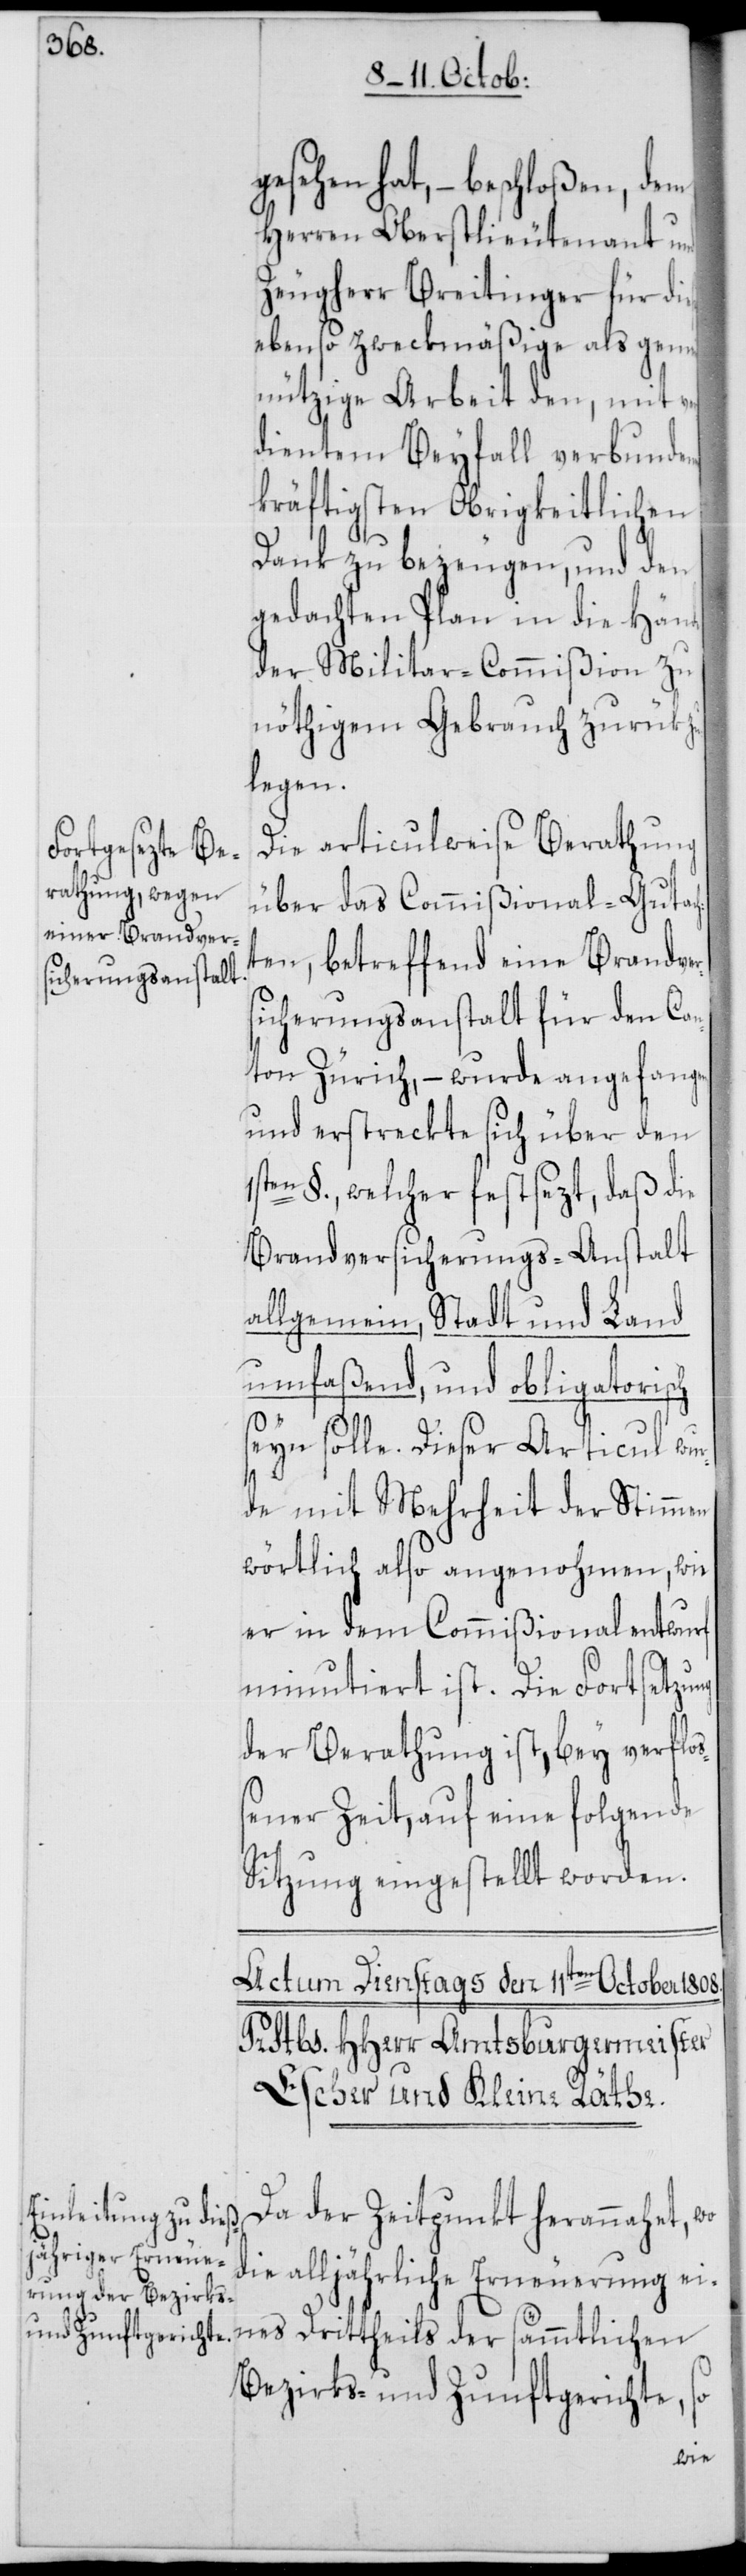
gesehen hat, – beschloßen, dem
Herren Oberstlieutenant und
Zeugherr Breitinger für die¬
ebenso zweckmäßige als gemei¬
nnützige Arbeit den, mit ver¬
dientem Beyfall verbunde¬
kräftigsten Obrigkeitlichen
Dank zu bezeugen, und den
gedachten Plan in die Hände
der Militar-Commißion zu
nöthigem Gebrauch zurükzu¬
legen.
Die articulweise Berathung
über das Commißional-Gutac¬
hen, betreffend eine Brandver¬
sicherungsanstalt für den Can¬
ton Zürich, – wurde angefangen,
und erstreckte sich über den
§., welcher festsezt, daß die
Brandversicherungs-Anstalt
allgemein, Stadt und Land
umfaßend, und obligatorisch
seyn solle. Dieser Articul wur¬
de mit Mehrheit der Stimmen
wörtlich also angenohmen, wie
er in dem Commißionalentwurf
minutiert ist. Die Fortsetzung
der Berathung ist, bey verfloß¬
ener Zeit, auf eine folgende
Sitzung eingestellt worden.
Da der Zeitpunkt herannahet, wo
die alljährliche Erneuerung ei¬
Bezirks- und Zunftgerichte, so
der